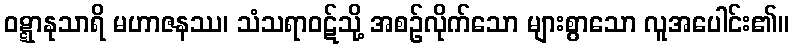
ဝဋ္ဋာနုသာရိ မဟာဇနဿ၊ သံသရာဝဋ်သို့ အစဉ်လိုက်သော များစွာသော လူအပေါင်း၏။